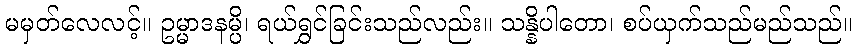
မမှတ်လေလင့်။ ဥမ္မာဒနမ္ပိ၊ ရယ်ရွှင်ခြင်းသည်လည်း။ သန္နိပါတော၊ စပ်ယှက်သည်မည်သည်။